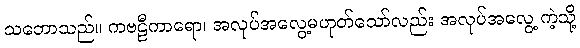
သဘောသည်။ ကဗဠီကာရော၊ အလုပ်အလွေ့မဟုတ်သော်လည်း အလုပ်အလွေ့ ကဲ့သို့